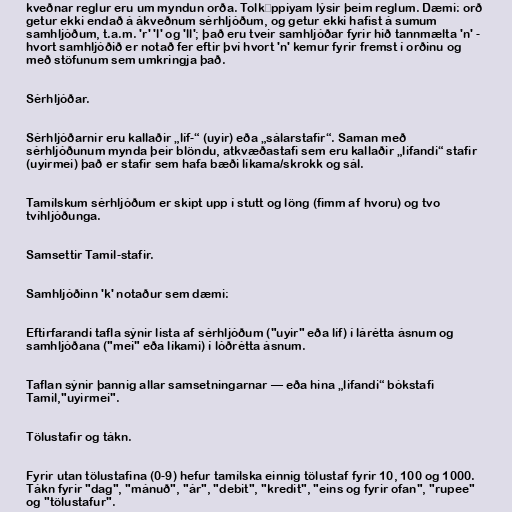
kveðnar reglur eru um myndun orða. Tolkāppiyam lýsir þeim reglum. Dæmi: orð
getur ekki endað á ákveðnum sérhljóðum, og getur ekki hafist á sumum
samhljóðum, t.a.m. 'r' 'l' og 'll'; það eru tveir samhljóðar fyrir hið tannmælta 'n' -
hvort samhljóðið er notað fer eftir því hvort 'n' kemur fyrir fremst í orðinu og
með stöfunum sem umkringja það.

Sérhljóðar.

Sérhljóðarnir eru kallaðir „líf-“ (uyir) eða „sálarstafir“. Saman með
sérhljóðunum mynda þeir blöndu, atkvæðastafi sem eru kallaðir „lifandi“ stafir
(uyirmei) það er stafir sem hafa bæði líkama/skrokk og sál.

Tamílskum sérhljóðum er skipt upp í stutt og löng (fimm af hvoru) og tvo
tvíhljóðunga.

Samsettir Tamil-stafir.

Samhljóðinn 'k' notaður sem dæmi:

Eftirfarandi tafla sýnir lista af sérhljóðum ("uyir" eða líf) í lárétta ásnum og
samhljóðana ("mei" eða líkami) í lóðrétta ásnum.

Taflan sýnir þannig allar samsetningarnar — eða hina „lifandi“ bókstafi
Tamil,"uyirmei".

Tölustafir og tákn.

Fyrir utan tölustafina (0-9) hefur tamílska einnig tölustaf fyrir 10, 100 og 1000.
Tákn fyrir "dag", "mánuð", "ár", "debit", "kredit", "eins og fyrir ofan", "rupee"
og "tölustafur".